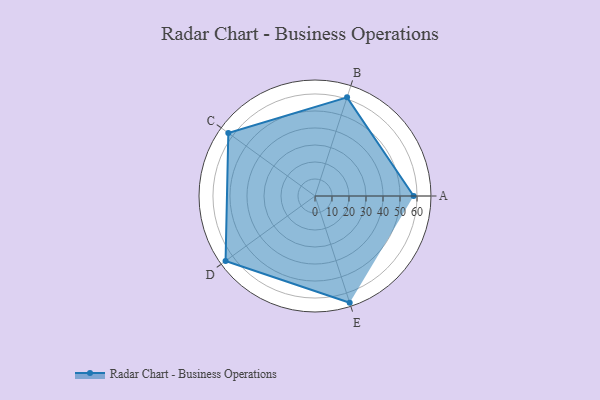
{"axis": {"x": "Skill", "y": "Score"}, "legend": ["Profile"], "data": [{"x": "A", "y": 58.0, "type": "Profile"}, {"x": "B", "y": 61.0, "type": "Profile"}, {"x": "C", "y": 63.0, "type": "Profile"}, {"x": "D", "y": 65.0, "type": "Profile"}, {"x": "E", "y": 66.0, "type": "Profile"}]}